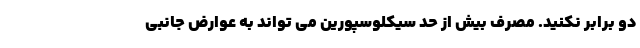
دو برابر نکنید. مصرف بیش از حد سیکلوسپورین می تواند به عوارض جانبی